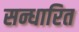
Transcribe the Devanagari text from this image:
सन्धारित